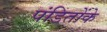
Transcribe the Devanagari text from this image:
पंडितोंके